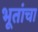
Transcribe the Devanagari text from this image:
भूतांचा